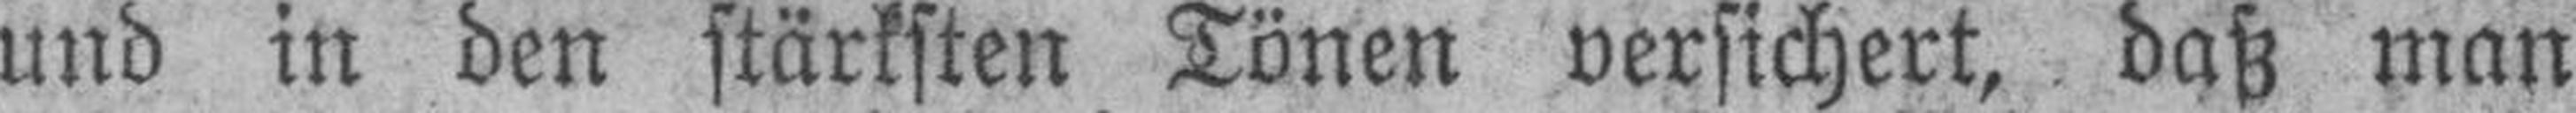
und in den stärksten Tönen versichert, daß man